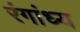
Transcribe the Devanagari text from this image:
रंगांध्य